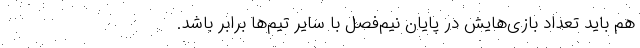
هم باید تعداد بازی‌هایش در پایان نیم‌فصل با سایر تیم‌ها برابر باشد.